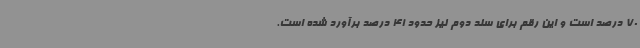
70 درصد است و این رقم برای سند دوم نیز حدود 41 درصد برآورد شده است.